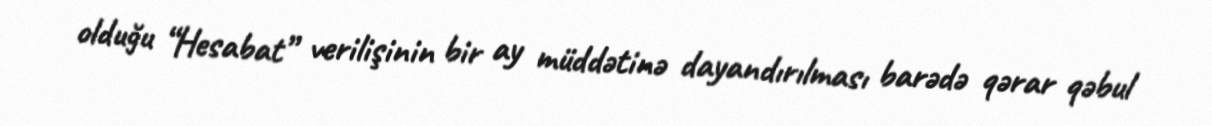
olduğu “Hesabat” verilişinin bir ay müddətinə dayandırılması barədə qərar qəbul